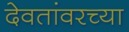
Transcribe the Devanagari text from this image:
देवतांवरच्या